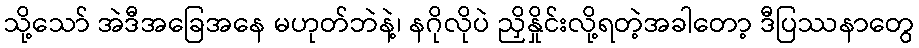
သို့သော် အဲဒီအခြေအနေ မဟုတ်ဘဲနဲ့၊ နဂိုလိုပဲ ညှိနှိုင်းလို့ရတဲ့အခါတော့ ဒီပြဿနာတွေ